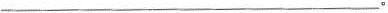
___。